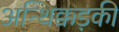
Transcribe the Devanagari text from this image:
अन्थिक्कड़की